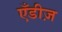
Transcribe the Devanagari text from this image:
एँडीज़